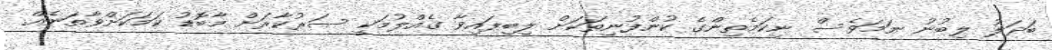
ބަދަލު ލިބުނު ނަމަވެސް ނިކަމެތިންގެ ކުންފުނިތަކަށް ލިބިފައިވާ ގެއްލުމަކީ ސަރުކާރަށް މާބޮޑު ކަމަކަށްވާތަނެއް